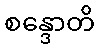
စန္ဒောတိ